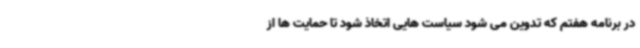
در برنامه هفتم که تدوین می شود سیاست هایی اتخاذ شود تا حمایت ها از